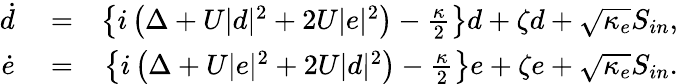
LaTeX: \begin{array}{rlr}{\dot{d}}&{{}=}&{\left\{ i\left(\Delta+U|d|^{2}+2U|e|^{2}\right)-\frac{\kappa}{2}\right\} d+\zeta d+\sqrt{\kappa_{e}}S_{in},}\\ {\dot{e}}&{{}=}&{\left\{ i\left(\Delta+U|e|^{2}+2U|d|^{2}\right)-\frac{\kappa}{2}\right\} e+\zeta e+\sqrt{\kappa_{e}}S_{in}.}\end{array}